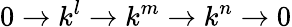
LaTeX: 0\to k^{l}\to k^{m}\to k^{n}\to 0